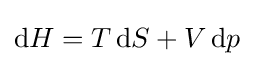
\mathrm {d} H=T\,\mathrm {d} S+V\,\mathrm {d} p